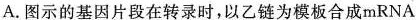
A.图示的基因片段在转录时，以乙链为模板合成mRNA